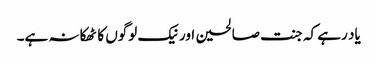
یاد رہے کہ جنت صالحین اور نیک لوگوں کا ٹھکانہ ہے۔